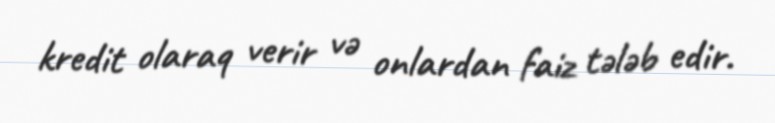
kredit olaraq verir və onlardan faiz tələb edir.